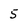
Character: 5